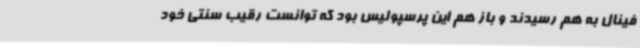
فینال به هم رسیدند و باز هم این پرسپولیس بود که توانست رقیب سنتی خود